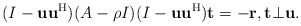
\begin{align*}(I-{\bf u}{\bf u}^{\rm H})(A-\rho I)(I-{\bf u}{\bf u}^{\rm H}){\bf t}=-{\bf r},{\bf t}\bot{\bf u}.\end{align*}